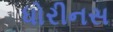
ધોરીનસ